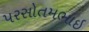
પરસોતમભાઇ